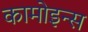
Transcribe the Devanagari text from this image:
कामोइन्स